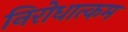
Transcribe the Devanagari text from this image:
निरोधात्कम